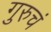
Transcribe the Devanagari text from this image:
गुरुचं